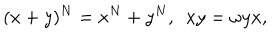
LaTeX: ( x + y ) ^ { N } = x ^ { N } + y ^ { N } , ~ ~ x y = \omega y x ,